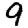
Digit: 9